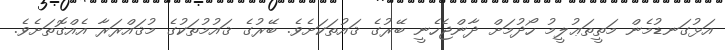
އަޅުގަނޑުމެން މަތީތަޢުލީމު ހޯދުމަށް ދާންޖެހެނީ ބޭރުގެ ޤައުތަކަށެވެ. ބޭރުގެ ޤައުމުތަކުގެ މުޤައްރަރާ އެއްގޮތަށެވެ.